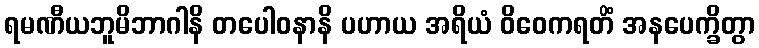
ရမဏီယဘူမိဘာဂါနိ တပေါဝနာနိ ပဟာယ အရိယံ ဝိဝေကရတိံ အနပေက္ခိတွာ